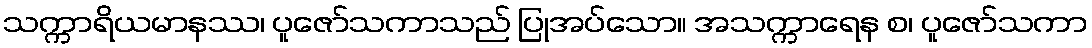
သက္ကာရိယမာနဿ၊ ပူဇော်သကာသည် ပြုအပ်သော။ အသက္ကာရေန စ၊ ပူဇော်သကာ